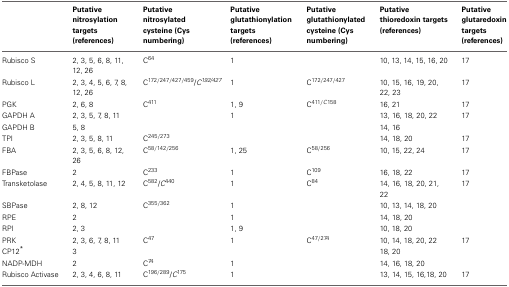
|  | Putative nitrosylation targets (references) | Putative nitrosylated cysteine (Cys numbering) | Putative glutathionylation targets (references) | Putative glutathionylated cysteine (Cys numbering) | Putative thioredoxin targets (references) | Putative glutaredoxin targets (references) |
 | --- | --- | --- | --- | --- | --- | --- |
 | Rubisco S | 2, 3, 5, 6, 8, 11, 12, 26 | C64 | 1 |  | 10, 13, 14, 15, 16, 20 | 17 |
 | Rubisco L | 2, 3, 4, 5, 6, 7, 8, 12, 26 | C172/247/427/459/C192/427 | 1 | C172/247/427 | 10, 15, 16, 19, 20, 22, 23 | 17 |
 | PGK | 2, 6, 8 | C411 | 1, 9 | C411/C158 | 16, 21 | 17 |
 | GAPDH A | 2, 3, 5, 7, 8, 11 |  | 1 |  | 13, 16, 18, 20, 22 | 17 |
 | GAPDH B | 5, 8 |  |  |  | 14, 16 |  |
 | TPI | 2, 3, 5, 8, 11 | C245/273 |  |  | 14, 18, 20 | 17 |
 | FBA | 2, 3, 5, 6, 8, 12, 26 | C58/142/256 | 1, 25 | C58/256 | 10, 15, 22, 24 | 17 |
 | FBPase | 2 | C233 | 1 | C109 | 16, 18, 22 | 17 |
 | Transketolase | 2, 4, 5, 8, 11, 12 | C582/C440 | 1 | C84 | 14, 16, 18, 20, 21, 22 | 17 |
 | SBPase | 2, 8, 12 | C355/362 | 1 |  | 10, 13, 14, 18, 20 |  |
 | RPE | 2 |  | 1 |  | 14, 18, 20 |  |
 | RPI | 2, 3 |  | 1, 9 |  | 10, 18, 20 |  |
 | PRK | 2, 3, 6, 7, 8, 11 | C47 | 1 | C47/274 | 10, 14, 18, 20, 22 | 17 |
 | CP12* | 3 |  |  |  | 18, 20 |  |
 | NADP-MDH | 2 | C74 | 1 |  | 14, 16, 18, 20 |  |
 | Rubisco Activase | 2, 3, 4, 6, 8, 11 | C196/289/C175 | 1 |  | 13, 14, 15, 16,18, 20 | 17 |